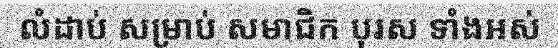
លំដាប់ សម្រាប់ សមាជិក បុរស ទាំងអស់